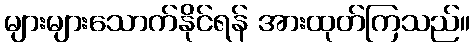
များများသောက်နိုင်ရန် အားထုတ်ကြသည်။